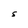
Character: S